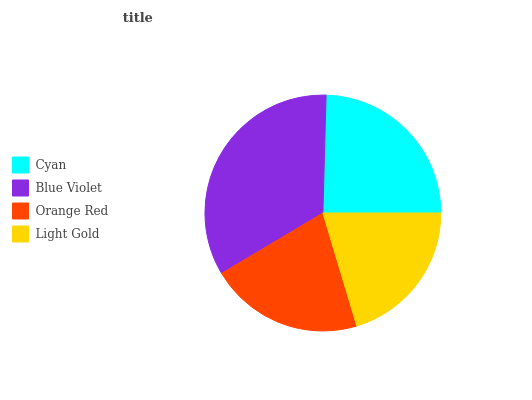
| Cyan | Blue Violet | Orange Red | Light Gold |
 | --- | --- | --- | --- |
 | 24.5% | 34.1% | 21% | 20.4% |